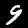
Digit: 9